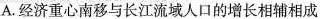
A. 经济重心南移与长江流域人口的增长相辅相成